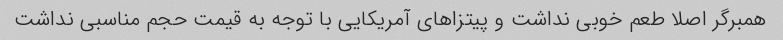
همبرگر اصلا طعم خوبی نداشت و پیتزا‌های آمریکایی با توجه به قیمت حجم مناسبی نداشت